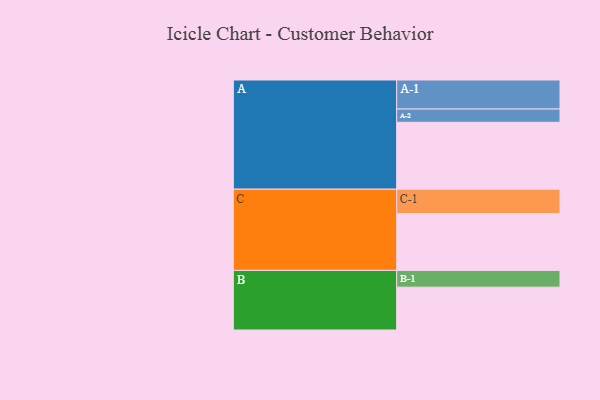
{"axis": {"x": "Segment", "y": "Value"}, "legend": ["", "A", "B", "C"], "data": [{"x": "A", "y": 514, "type": ""}, {"x": "B", "y": 329, "type": ""}, {"x": "C", "y": 437, "type": ""}, {"x": "A-1", "y": 223, "type": "A"}, {"x": "A-2", "y": 102, "type": "A"}, {"x": "B-1", "y": 129, "type": "B"}, {"x": "C-1", "y": 187, "type": "C"}]}